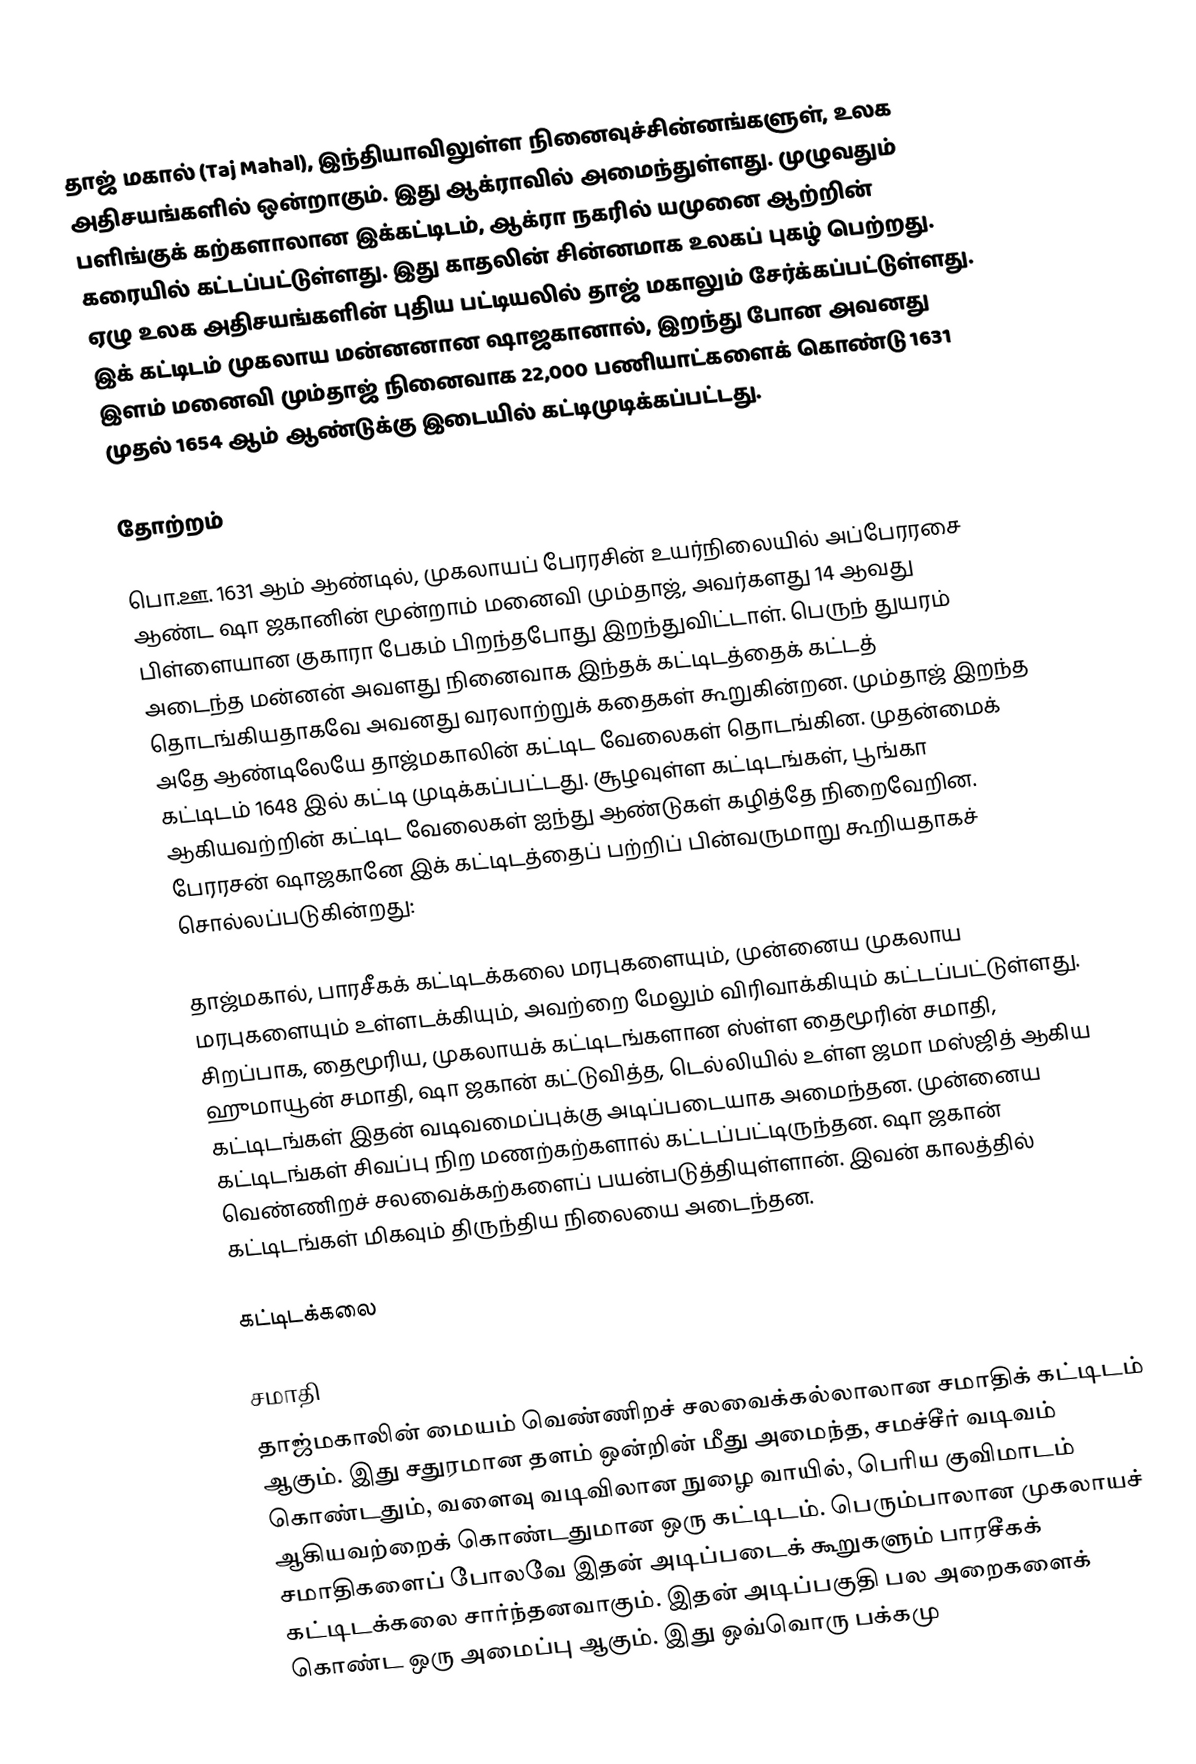
தாஜ் மகால் (Taj Mahal), இந்தியாவிலுள்ள நினைவுச்சின்னங்களுள், உலக அதிசயங்களில்  ஒன்றாகும். இது ஆக்ராவில் அமைந்துள்ளது. முழுவதும் பளிங்குக் கற்களாலான இக்கட்டிடம், ஆக்ரா நகரில் யமுனை ஆற்றின் கரையில் கட்டப்பட்டுள்ளது. இது காதலின் சின்னமாக உலகப் புகழ் பெற்றது. ஏழு உலக அதிசயங்களின் புதிய பட்டியலில் தாஜ் மகாலும் சேர்க்கப்பட்டுள்ளது. இக் கட்டிடம் முகலாய மன்னனான ஷாஜகானால், இறந்து போன அவனது இளம் மனைவி மும்தாஜ் நினைவாக 22,000 பணியாட்களைக் கொண்டு 1631 முதல் 1654 ஆம் ஆண்டுக்கு இடையில் கட்டிமுடிக்கப்பட்டது.

தோற்றம்

பொ.ஊ. 1631 ஆம் ஆண்டில், முகலாயப் பேரரசின் உயர்நிலையில் அப்பேரரசை ஆண்ட ஷா ஜகானின் மூன்றாம் மனைவி மும்தாஜ், அவர்களது 14 ஆவது பிள்ளையான குகாரா பேகம் பிறந்தபோது இறந்துவிட்டாள். பெருந் துயரம் அடைந்த மன்னன் அவளது நினைவாக இந்தக் கட்டிடத்தைக் கட்டத் தொடங்கியதாகவே அவனது வரலாற்றுக் கதைகள் கூறுகின்றன. மும்தாஜ் இறந்த அதே ஆண்டிலேயே தாஜ்மகாலின் கட்டிட வேலைகள் தொடங்கின. முதன்மைக் கட்டிடம் 1648 இல் கட்டி முடிக்கப்பட்டது. சூழவுள்ள கட்டிடங்கள், பூங்கா ஆகியவற்றின் கட்டிட வேலைகள் ஐந்து ஆண்டுகள் கழித்தே நிறைவேறின. பேரரசன் ஷாஜகானே இக் கட்டிடத்தைப் பற்றிப் பின்வருமாறு கூறியதாகச் சொல்லப்படுகின்றது:

தாஜ்மகால், பாரசீகக் கட்டிடக்கலை மரபுகளையும், முன்னைய முகலாய மரபுகளையும் உள்ளடக்கியும், அவற்றை மேலும் விரிவாக்கியும் கட்டப்பட்டுள்ளது. சிறப்பாக, தைமூரிய, முகலாயக் கட்டிடங்களான ஸ்ள்ள தைமூரின் சமாதி, ஹுமாயூன் சமாதி, ஷா ஜகான் கட்டுவித்த, டெல்லியில் உள்ள ஜமா மஸ்ஜித் ஆகிய கட்டிடங்கள் இதன் வடிவமைப்புக்கு அடிப்படையாக அமைந்தன. முன்னைய கட்டிடங்கள் சிவப்பு நிற மணற்கற்களால் கட்டப்பட்டிருந்தன. ஷா ஜகான் வெண்ணிறச் சலவைக்கற்களைப் பயன்படுத்தியுள்ளான். இவன் காலத்தில் கட்டிடங்கள் மிகவும் திருந்திய நிலையை அடைந்தன.

கட்டிடக்கலை

சமாதி
தாஜ்மகாலின் மையம் வெண்ணிறச் சலவைக்கல்லாலான சமாதிக் கட்டிடம் ஆகும். இது சதுரமான தளம் ஒன்றின் மீது அமைந்த, சமச்சீர் வடிவம் கொண்டதும், வளைவு வடிவிலான நுழை வாயில், பெரிய குவிமாடம் ஆகியவற்றைக் கொண்டதுமான ஒரு கட்டிடம். பெரும்பாலான முகலாயச் சமாதிகளைப் போலவே இதன் அடிப்படைக் கூறுகளும் பாரசீகக் கட்டிடக்கலை சார்ந்தனவாகும். இதன் அடிப்பகுதி பல அறைகளைக் கொண்ட ஒரு அமைப்பு ஆகும். இது ஒவ்வொரு பக்கமு